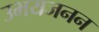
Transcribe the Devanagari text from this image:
उभयजनन